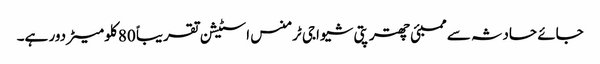
جائے حادثہ سے ممبئی چھترپتی شیواجی ٹرمنس اسٹیشن تقریباً 80 کلو میٹر دور ہے۔